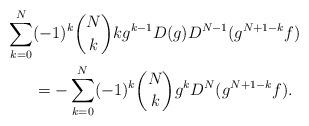
LaTeX: \begin{align*}\sum_{k=0}^N&(-1)^k\binom{N}{k}kg^{k-1}D(g)D^{N-1}(g^{N+1-k}f)\\&=-\sum_{k=0}^N(-1)^k\binom{N}{k}g^kD^N(g^{N+1-k}f).\end{align*}